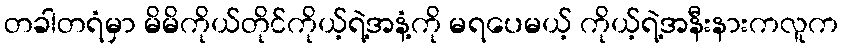
တခါတရံမှာ မိမိကိုယ်တိုင်ကိုယ့်ရဲ့အနံ့ကို မရပေမယ့် ကိုယ့်ရဲ့အနီးနားကလူက